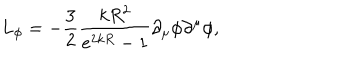
L _ { \phi } = - \frac { 3 } { 2 } \frac { k R ^ { 2 } } { e ^ { 2 k R } - 1 } \partial _ { \mu } \phi \partial ^ { \mu } \phi ,